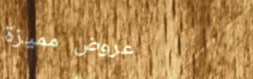
عروض مميزة